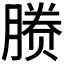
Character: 𬂉